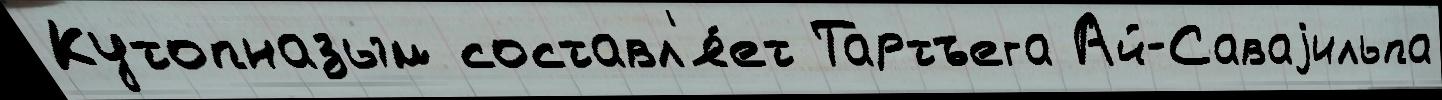
Кутопназым составл'я́ет Тартъега Ай-Саваjильпа